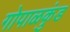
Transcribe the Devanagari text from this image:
गोपाळकुंड